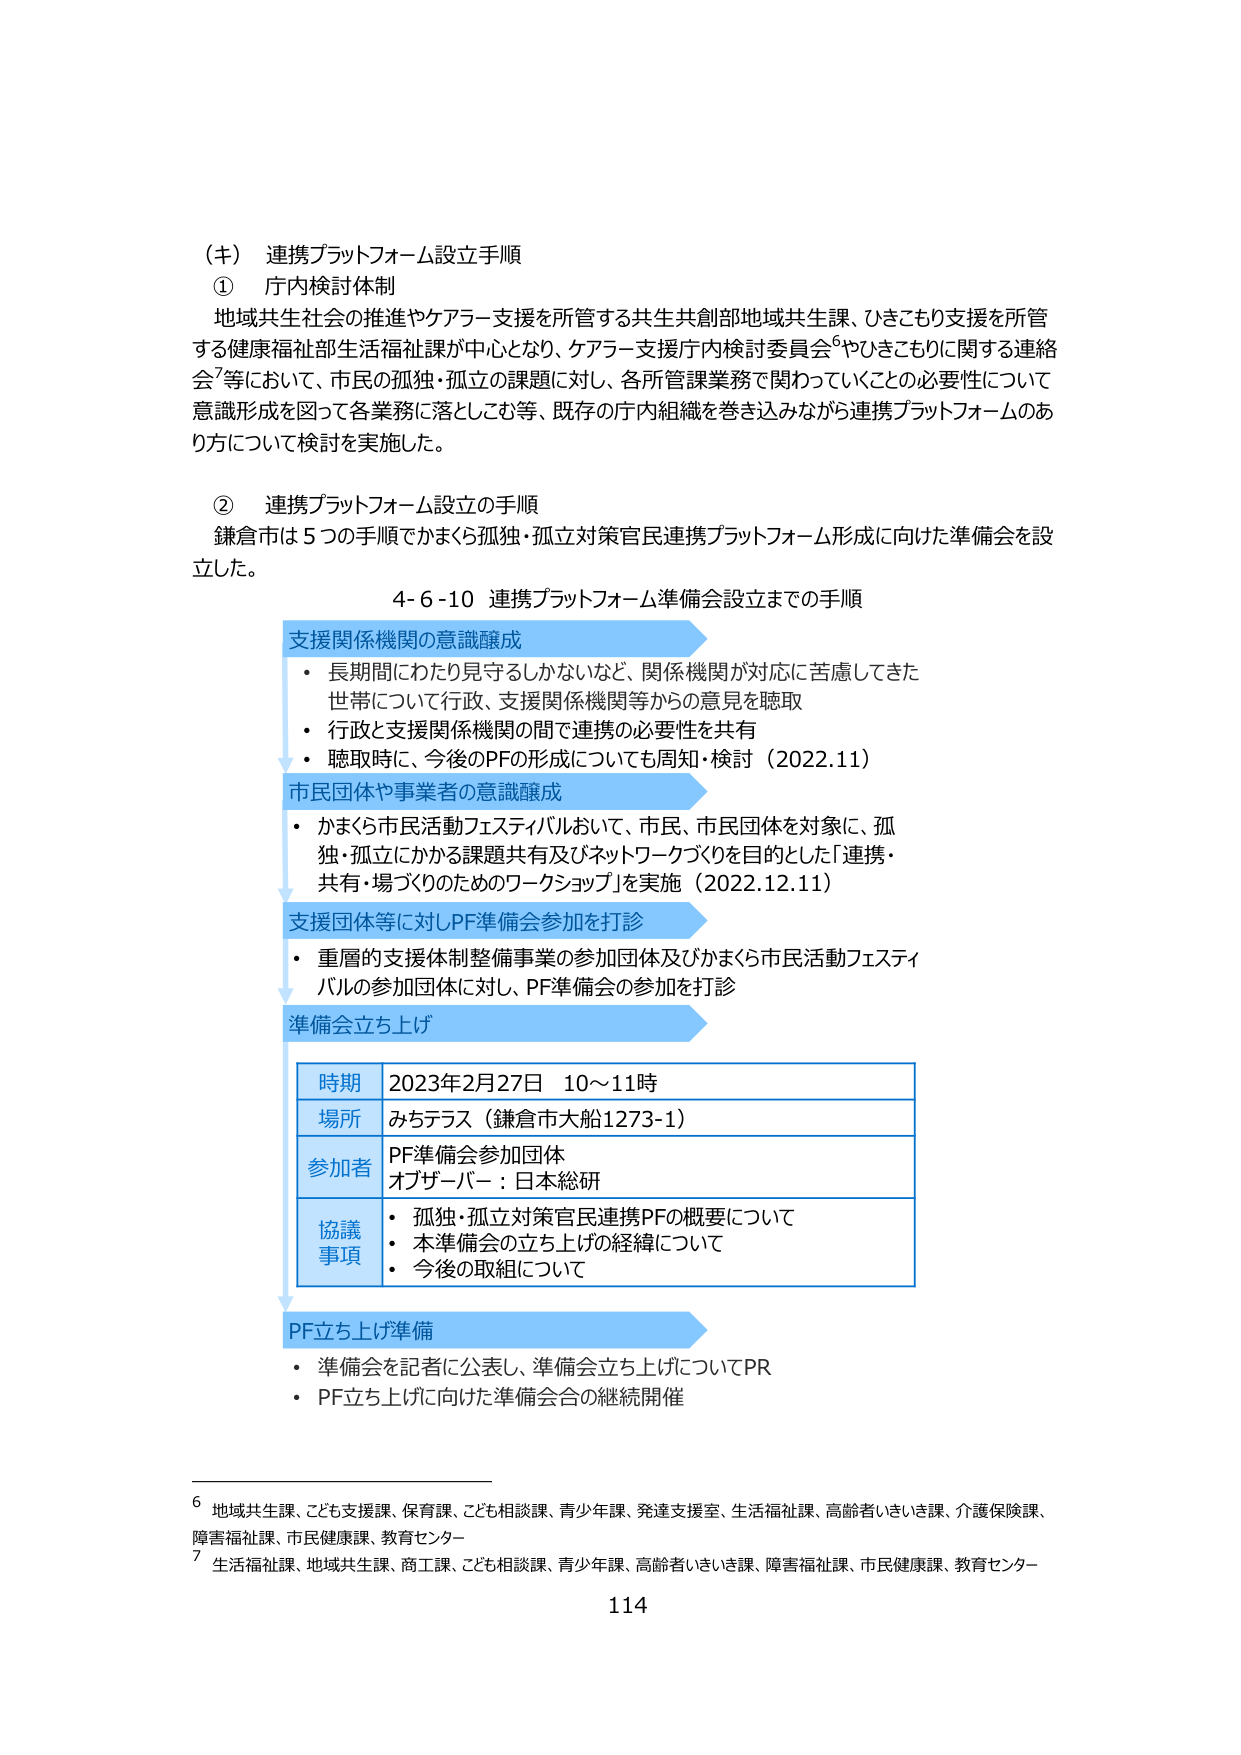
（キ） 連携プラットフォーム設立手順
① 庁内検討体制
地域共生社会の推進やケアラー支援を所管する共生共創部地域共生課、ひきこもり支援を所管する健康福祉部生活福祉課が中心となり、ケアラー支援庁内検討委員会⁶やひきこもりに関する連絡会⁷等において、市民の孤独・孤立の課題に対し、各所管課業務で関わっていくことの必要性について意識形成を図って各業務に落としこむ等、既存の庁内組織を巻き込みながら連携プラットフォームのあり方について検討を実施した。

② 連携プラットフォーム設立の手順
鎌倉市は5つの手順でかまくら孤独・孤立対策官民連携プラットフォーム形成に向けた準備会を設立した。

4-6-10 連携プラットフォーム準備会設立までの手順

支援関係機関の意識醸成
・ 長期間にわたり見守るしかないなど、関係機関が対応に苦慮してきた世帯について行政、支援関係機関等からの意見を聴取
・ 行政と支援関係機関の間で連携の必要性を共有
・ 聴取時に、今後のPFの形成についても周知・検討（2022.11）

市民団体や事業者の意識醸成
・ かまくら市民活動フェスティバルにおいて、市民、市民団体を対象に、孤独・孤立にかかる課題共有及びネットワークづくりを目的とした「連携・共有・場づくりのためのワークショップ」を実施（2022.12.11）

支援団体等に対しPF準備会参加を打診
・ 重層的支援体制整備事業の参加団体及びかまくら市民活動フェスティバルの参加団体に対し、PF準備会の参加を打診

準備会立ち上げ

時期 2023年2月27日 10～11時
場所 みちテラス（鎌倉市大船1273-1）
参加者 PF準備会参加団体
オブザーバー：日本総研
協議事項
・ 孤独・孤立対策官民連携PFの概要について
・ 本準備会の立ち上げの経緯について
・ 今後の取組について

PF立ち上げ準備
・ 準備会を記者に公表し、準備会立ち上げについてPR
・ PF立ち上げに向けた準備会合の継続開催

⁶ 地域共生課、こども支援課、保育課、こども相談課、青少年課、発達支援室、生活福祉課、高齢者いきいき課、介護保険課、障害福祉課、市民健康課、教育センター
⁷ 生活福祉課、地域共生課、商工課、こども相談課、青少年課、高齢者いきいき課、障害福祉課、市民健康課、教育センター

114